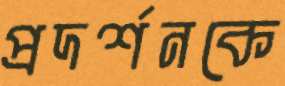
প্রদর্শনকে